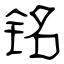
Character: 铭